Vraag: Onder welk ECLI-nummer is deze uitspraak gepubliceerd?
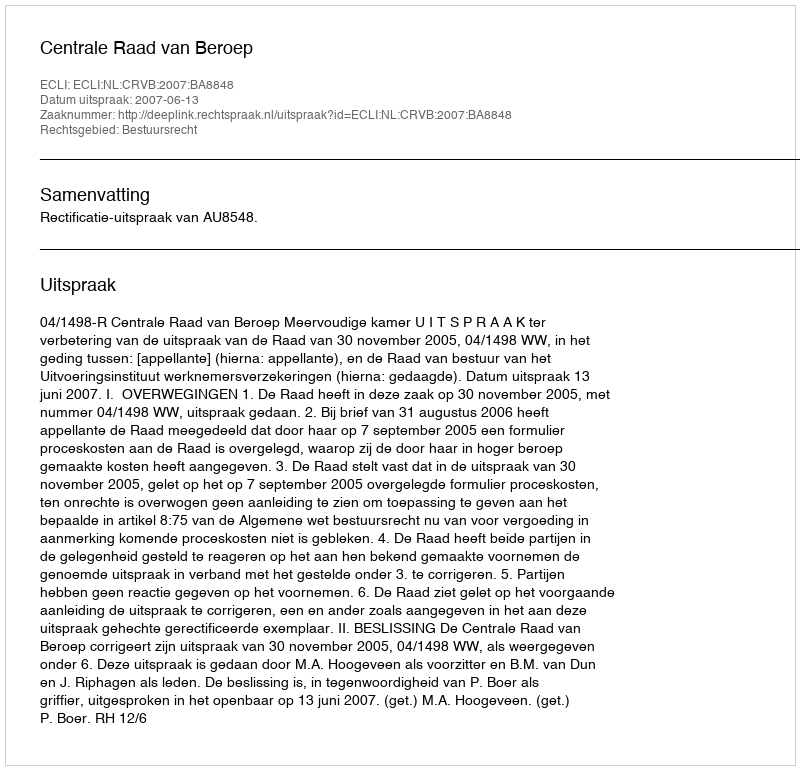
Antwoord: ECLI:NL:CRVB:2007:BA8848